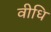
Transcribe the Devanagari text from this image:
वीधि